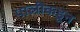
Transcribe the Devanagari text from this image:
पालीकडून